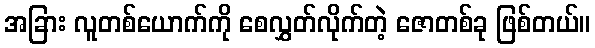
အခြား လူတစ်ယောက်ကို စေလွှတ်လိုက်တဲ့ ဇောတစ်ခု ဖြစ်တယ်။